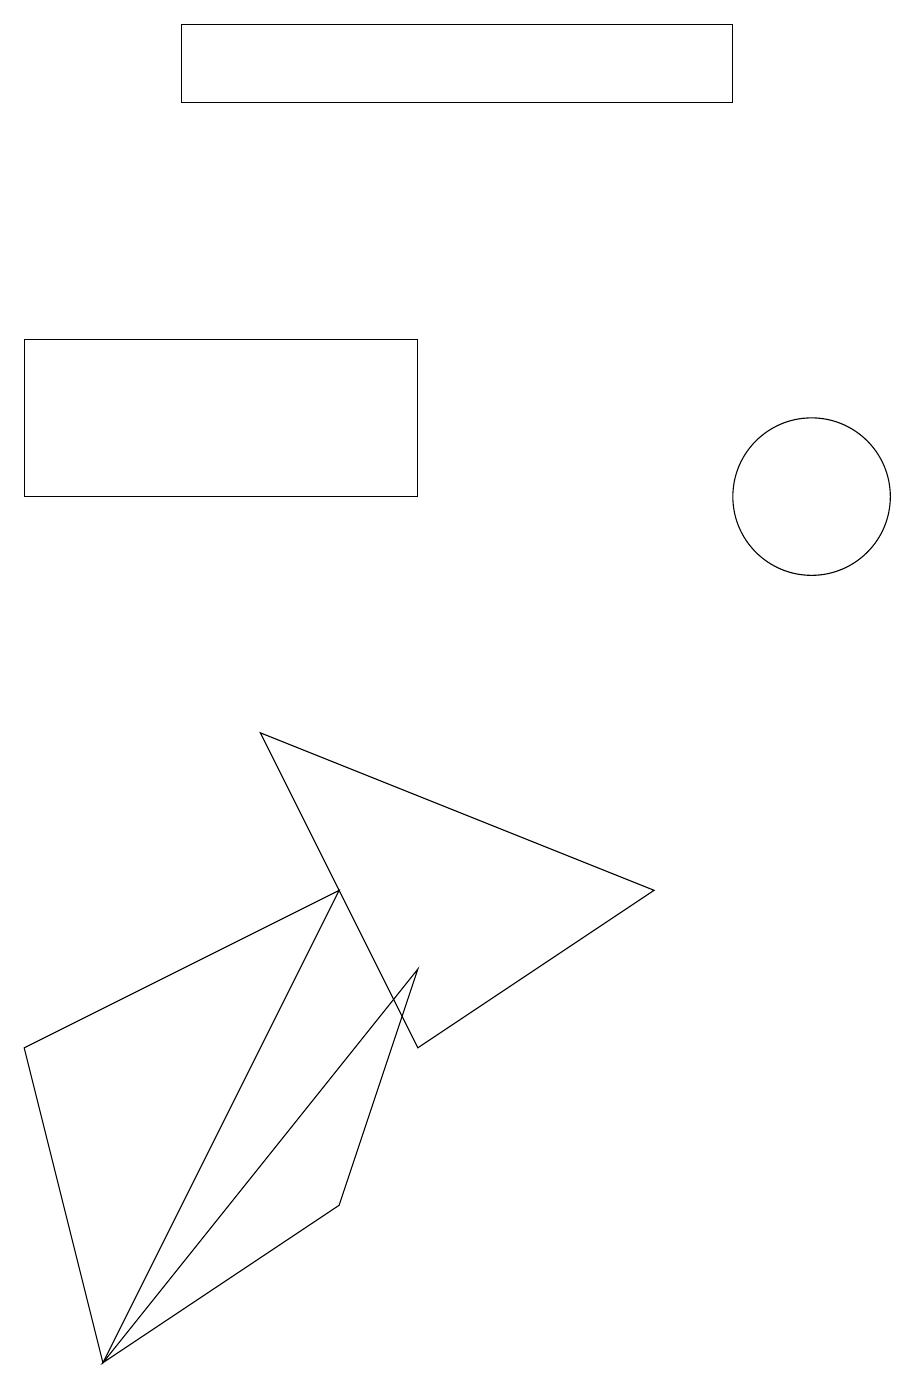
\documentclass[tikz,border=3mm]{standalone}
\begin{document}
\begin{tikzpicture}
\draw (1,0) -- (0,4) -- (4,6) -- cycle;
\draw (1,0) -- (5,5) -- (4,2) -- cycle;
\draw (10,11) circle (1);
\draw (2,17) rectangle (9,16);
\draw (3,8) -- (5,4) -- (8,6) -- cycle;
\draw (0,11) rectangle (5,13);
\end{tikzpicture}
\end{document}